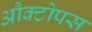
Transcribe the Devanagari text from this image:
औक्टोपस